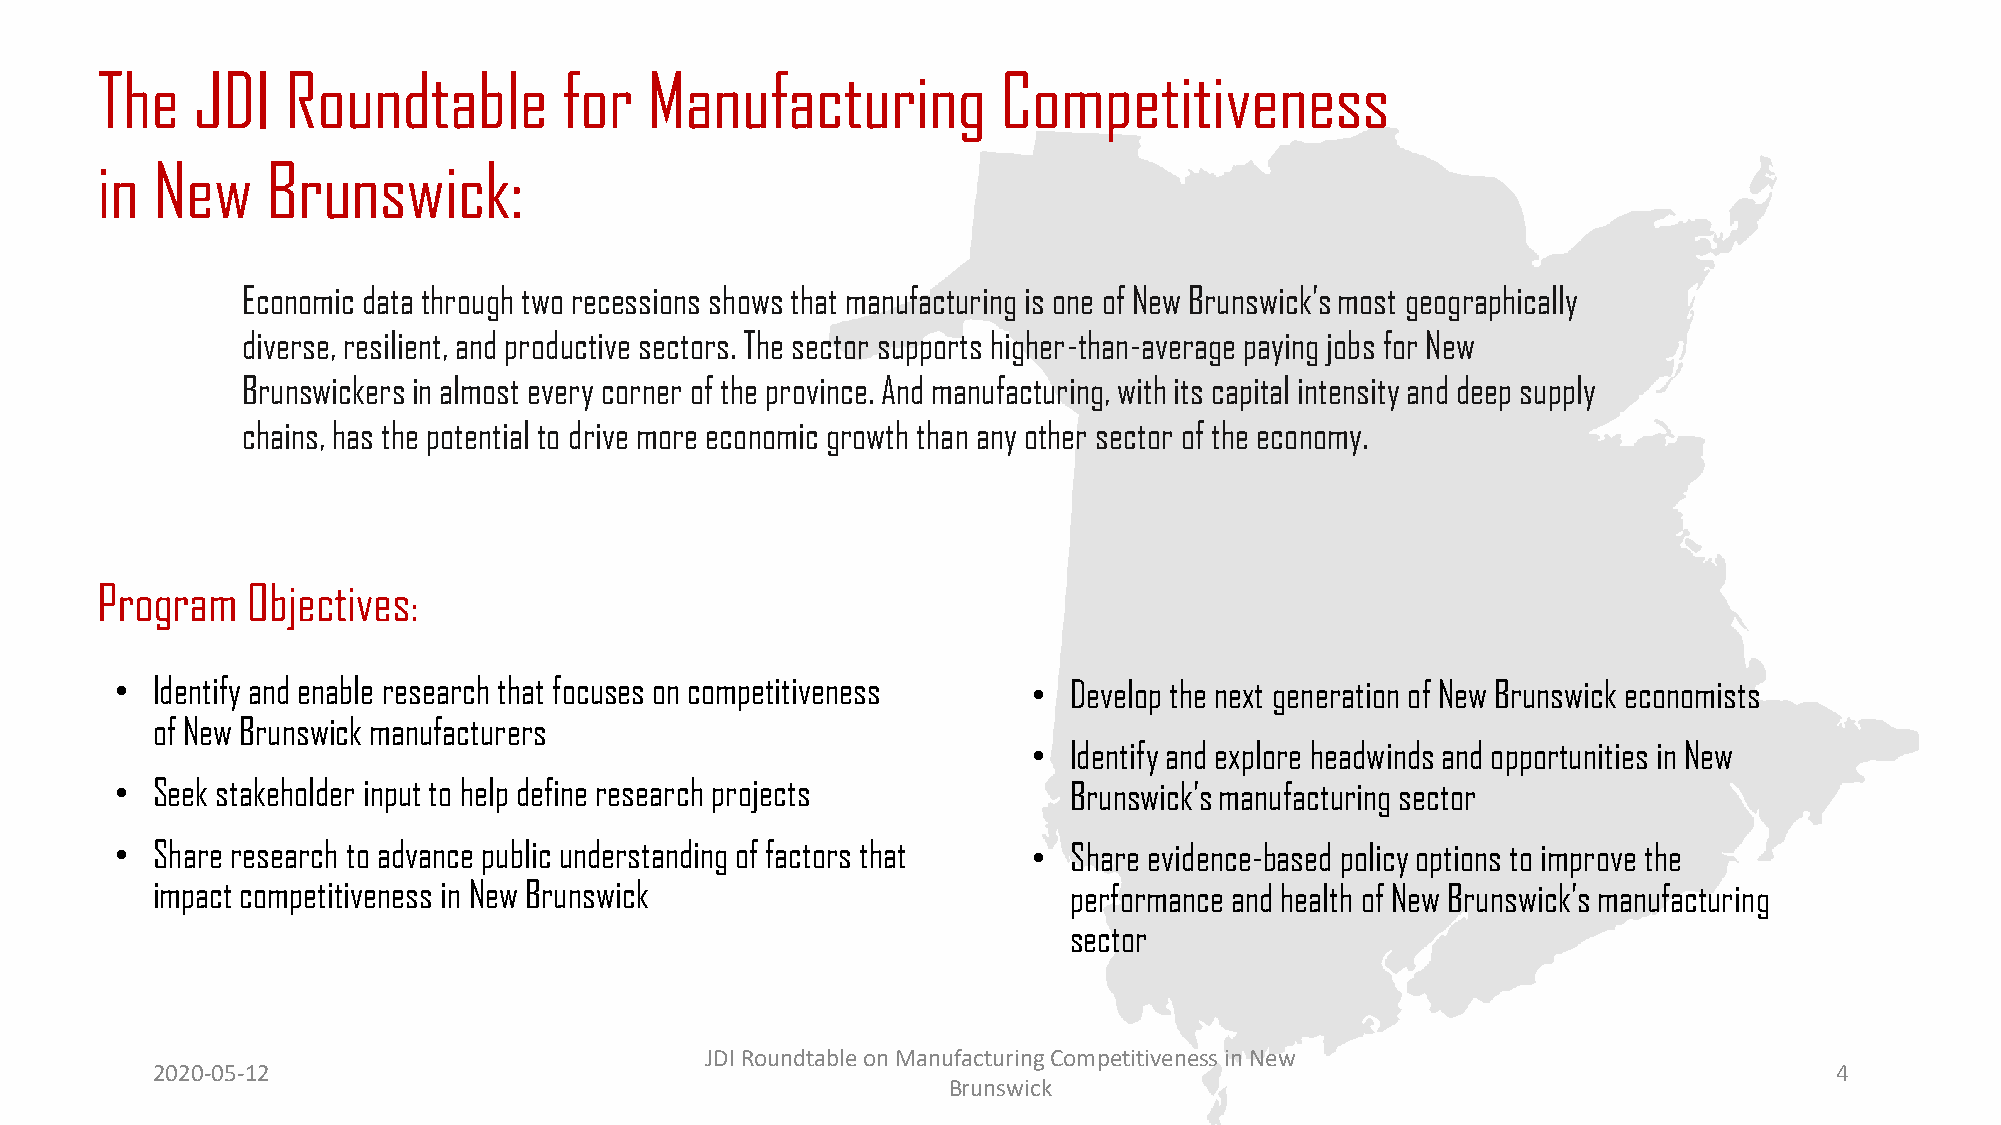
The    JDI   Roundtable        for   Manufacturing          Competitiveness
 in  New     Brunswick:
 Economic data through two recessions shows that manufacturing is one of New Brunswick’s most geographically
 diverse, resilient, and productive sectors. The sector supports higher-than-average paying jobs for New
 Brunswickers in almost every corner of the province. And manufacturing, with its capital intensity and deep supply
 chains, has the potential to drive more economic growth than any other sector of the economy.
 Program   Objectives
 :
 • Identify and enable research that focuses on competitiveness • Develop the next generation of New Brunswick economists
 of New Brunswick manufacturers
 •  Identify and explore headwinds and opportunities in New
 • Seek stakeholder input to help define research projects      Brunswick’s manufacturing sector
 • Share research to advance public understanding of factors that • Share evidence-based policy options to improve the
 impact competitiveness in New Brunswick                      performance and health of New Brunswick’s manufacturing
 sector
 JDI Roundtable on Manufacturing Competitiveness in New
 2020-05-12                                                                                                     4
 Brunswick